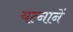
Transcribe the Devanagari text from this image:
यत्नानें